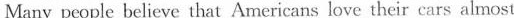
Many people believe that Americans love their cars almost